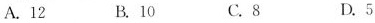
A.12 B.10 C.8 D.5